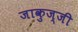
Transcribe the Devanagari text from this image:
जाकुज्जी